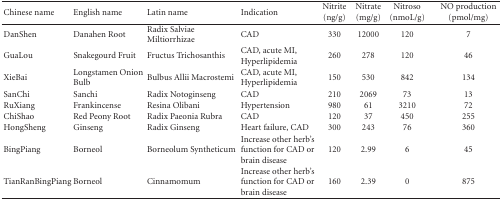
<table><thead><tr><td><b>Chinese name</b></td><td><b>English name</b></td><td><b>Latin name</b></td><td><b>Indication</b></td><td><b>Nitrite (ng/g)</b></td><td><b>Nitrate (mg/g)</b></td><td><b>Nitroso (nmoL/g)</b></td><td><b>NO production (pmol/mg)</b></td></tr></thead><tbody><tr><td>DanShen</td><td>Danahen Root</td><td>Radix Salviae Miltiorrhizae</td><td>CAD</td><td>330</td><td>12000</td><td>120</td><td>7</td></tr><tr><td>GuaLou</td><td>Snakegourd Fruit</td><td>Fructus Trichosanthis</td><td>CAD, acute MI, Hyperlipidemia</td><td>260</td><td>278</td><td>120</td><td>46</td></tr><tr><td>XieBai</td><td>Longstamen Onion Bulb</td><td>Bulbus Allii Macrostemi</td><td>CAD, acute MI, Hyperlipidemia</td><td>150</td><td>530</td><td>842</td><td>134</td></tr><tr><td>SanChi</td><td>Sanchi</td><td>Radix Notoginseng</td><td>CAD</td><td>210</td><td>2069</td><td>73</td><td>13</td></tr><tr><td>RuXiang</td><td>Frankincense</td><td>Resina Olibani</td><td>Hypertension</td><td>980</td><td>61</td><td>3210</td><td>72</td></tr><tr><td>ChiShao</td><td>Red Peony Root</td><td>Radix Paeonia Rubra</td><td>CAD</td><td>120</td><td>37</td><td>450</td><td>255</td></tr><tr><td>HongSheng</td><td>Ginseng</td><td>Radix Ginseng</td><td>Heart failure, CAD</td><td>300</td><td>243</td><td>76</td><td>360</td></tr><tr><td>BingPiang</td><td>Borneol</td><td>Borneolum Syntheticum</td><td>Increase other herb&#x27;s function for CAD or brain disease</td><td>120</td><td>2.99</td><td>6</td><td>45</td></tr><tr><td>TianRanBingPiang</td><td>Borneol</td><td>Cinnamomum</td><td>Increase other herb&#x27;s function for CAD or brain disease</td><td>160</td><td>2.39</td><td>0</td><td>875</td></tr></tbody></table>